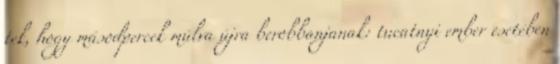
tek, hogy másodpercek múlva újra berobbanjanak: tucatnyi ember esetében